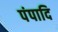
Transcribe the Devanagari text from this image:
पंपादि